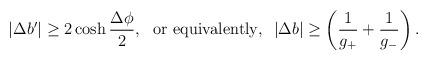
LaTeX: \begin{align*} |\Delta b'|\ge 2\cosh{\frac{\Delta\phi}{2}},~~{\rm or~equivalently,}~~|\Delta b|\ge\left(\frac{1}{g_+}+\frac{1}{g_-}\right).\end{align*}